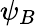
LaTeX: \psi_{B}